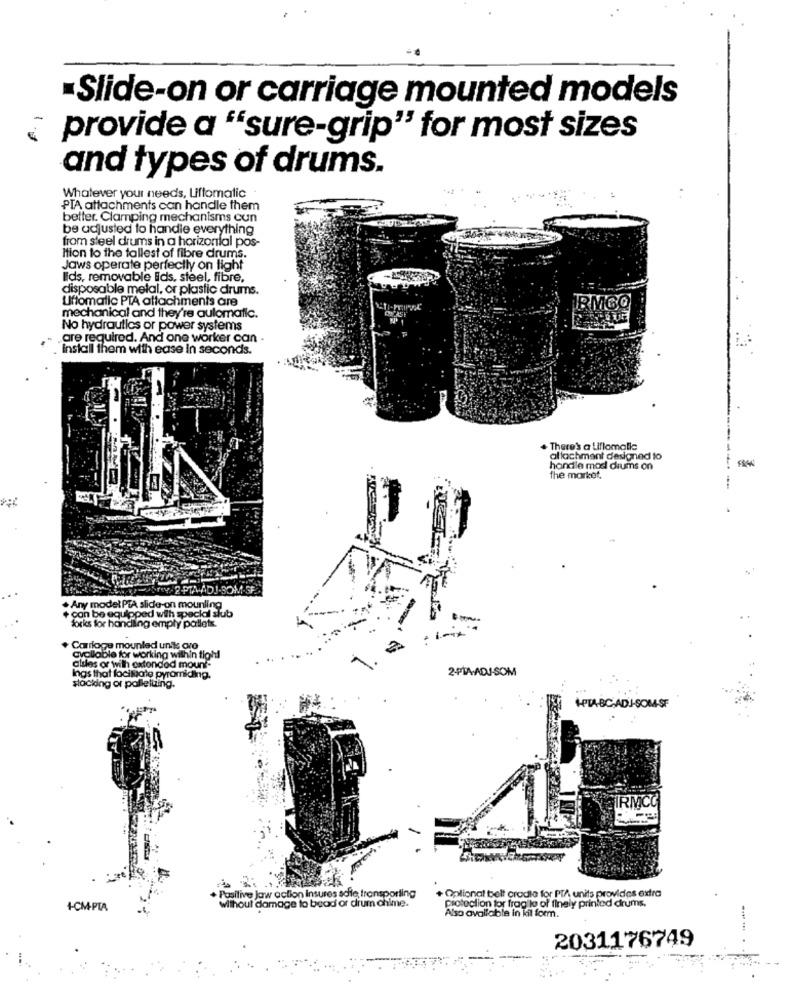
Slide-on or carriage mounted models
¿provide a "sure-grip" for most sizes
and types of drums.
Whatever your needs, Liftomatic.
PTA attachments can handle them
better. Clamping mechanisms cun
be adjusted to handle everything
from steel drums in a horizontal pos-
Ition to the tallest of fibre drums.
Jaws operate perfectly on light
Ids, removable Ilds, steel, fibre,
disposable metal, or plastic drums.
Uftomatic PTA attachments are
BMGQ
mechanical and they're automatic.
No hydraulics or power systems
are required. And one worker can .
install them with ease in seconds.
+ There's a Liflamalle
allachmant designed to
handle mos drums on
the market,
brey-2 -PTA-ADJ-BOM
. Any model PTA slide-on mounting
can be equipped with special slub
forks for handling empty pallets.
Carriage mounlad units ore
20
@vollable for working within tight
alsles or wilh cxtondod mount-
2+MA-ADJ-SOM
Ings that facimale pyramiding.
slacking of palleluing.
Positive Jaw action Insures sdie, transporting
Optional belt cradle for PTA units provides extra
Without damage to beod or drum chime.
protection for frag lo of finely printed drums.
+-CM-PIA
Also available in kil form.
2031176749